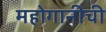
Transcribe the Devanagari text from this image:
महोगानीची